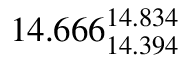
1 4 . 6 6 6 _ { 1 4 . 3 9 4 } ^ { 1 4 . 8 3 4 }